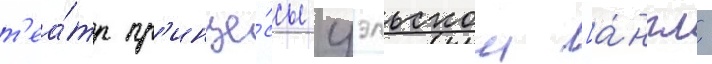
т'еа́тр пр'инце́ссы уэльскои [а́нгл.